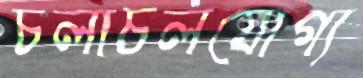
চলাচলযোগ্য